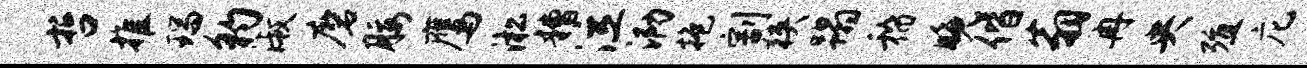
哲推瑞豹淑磨腰鹰淞糟泣泐抱割狭蹋稽晚偕翁冉央殖庀